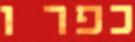
כפר ו